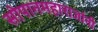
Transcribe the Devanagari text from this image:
सोपानमहाराजांनी